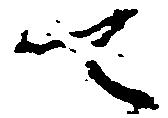
て